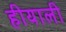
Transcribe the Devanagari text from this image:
हीयाली